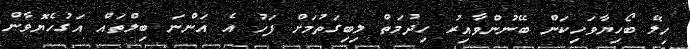
ހިލޭ ބޯހިޔާވަހިކަން ބޭނުންވާއިރު ހިދުމަތް ލިބިގަތުމަށް ފަހު އެ އަންނަ ބިލްތައް އަގުހެޔޮވާން